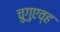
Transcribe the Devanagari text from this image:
चुगुएव्ह